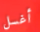
أغسل